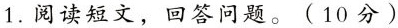
1.阅读短文，回答问题。(10分)